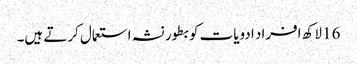
16 لاکھ افراد ادویات کو بطور نشہ استعمال کرتے ہیں۔